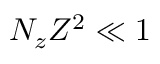
N _ { z } Z ^ { 2 } \ll 1